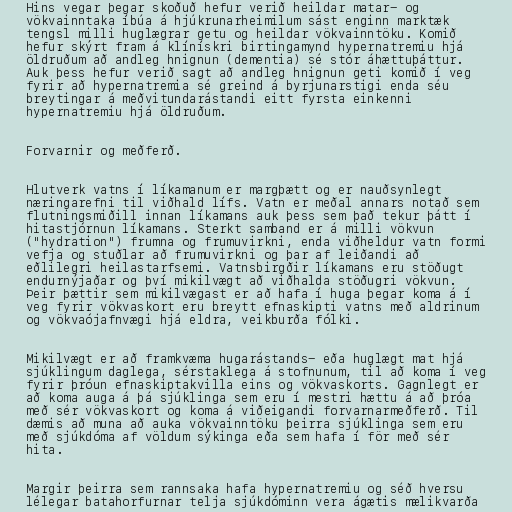
Hins vegar þegar skoðuð hefur verið heildar matar- og
vökvainntaka íbúa á hjúkrunarheimilum sást enginn marktæk
tengsl milli huglægrar getu og heildar vökvainntöku. Komið
hefur skýrt fram á klínískri birtingamynd hypernatremiu hjá
öldruðum að andleg hnignun (dementia) sé stór áhættuþáttur.
Auk þess hefur verið sagt að andleg hnignun geti komið í veg
fyrir að hypernatremia sé greind á byrjunarstigi enda séu
breytingar á meðvitundarástandi eitt fyrsta einkenni
hypernatremiu hjá öldruðum.

Forvarnir og meðferð.

Hlutverk vatns í líkamanum er margþætt og er nauðsynlegt
næringarefni til viðhald lífs. Vatn er meðal annars notað sem
flutningsmiðill innan líkamans auk þess sem það tekur þátt í
hitastjórnun líkamans. Sterkt samband er á milli vökvun
("hydration") frumna og frumuvirkni, enda viðheldur vatn formi
vefja og stuðlar að frumuvirkni og þar af leiðandi að
eðlilegri heilastarfsemi. Vatnsbirgðir líkamans eru stöðugt
endurnýjaðar og því mikilvægt að viðhalda stöðugri vökvun.
Þeir þættir sem mikilvægast er að hafa í huga þegar koma á í
veg fyrir vökvaskort eru breytt efnaskipti vatns með aldrinum
og vökvaójafnvægi hjá eldra, veikburða fólki.

Mikilvægt er að framkvæma hugarástands- eða huglægt mat hjá
sjúklingum daglega, sérstaklega á stofnunum, til að koma í veg
fyrir þróun efnaskiptakvilla eins og vökvaskorts. Gagnlegt er
að koma auga á þá sjúklinga sem eru í mestri hættu á að þróa
með sér vökvaskort og koma á viðeigandi forvarnarmeðferð. Til
dæmis að muna að auka vökvainntöku þeirra sjúklinga sem eru
með sjúkdóma af völdum sýkinga eða sem hafa í för með sér
hita.

Margir þeirra sem rannsaka hafa hypernatremiu og séð hversu
lélegar batahorfurnar telja sjúkdóminn vera ágætis mælikvarða